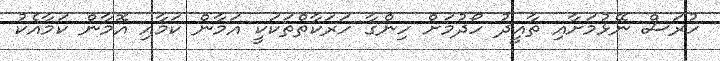
ހުރަސް ނޭޅުމަށާއި ތާއީދު ހޯދުމަށް ހިންގާ ހަރަކާތްތަކަކީ އަމާން ކަމާއި އޮމާން ކަމާއެކު